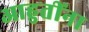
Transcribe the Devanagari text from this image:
आहुतींना